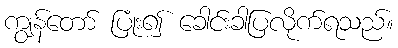
ကျွန်တော် ပြုံး၍ ခေါင်းခါပြလိုက်ရသည်။